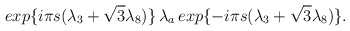
\begin{align*}exp\{{i{\pi}s({\lambda}_3+{\sqrt{3}}{\lambda}_8)}\}\,{\lambda}_a\,exp\{{-i{\pi}s({\lambda}_3+{\sqrt{3}}{\lambda}_8)}\}.\end{align*}